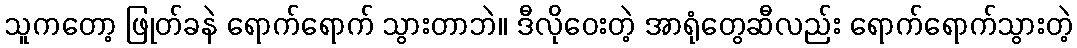
သူကတော့ ဖြုတ်ခနဲ ရောက်ရောက် သွားတာဘဲ။ ဒီလိုဝေးတဲ့ အာရုံတွေဆီလည်း ရောက်ရောက်သွားတဲ့